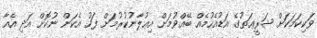
ވަކިކަމަކަށް ޝަރީޢަތުގެ އަޑުއެހުމެއް ބޭއްވުމަށް އިޢުލާނުކުރުމަށް ފަހު އެކަން ނުކޮށް އަދި އެއާ